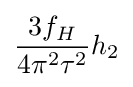
{\frac {3f_{H}}{4\pi ^{2}\tau ^{2}}}h_{2}